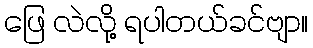
ဖြေ လဲလို့ ရပါတယ်ခင်ဗျာ။